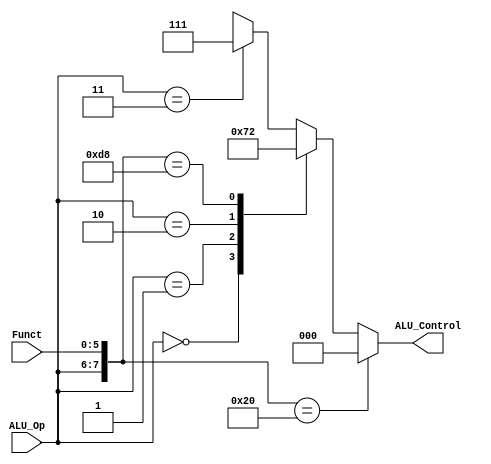
module ALU_Decoder
(
	input 		[1:0]	ALU_Op,
	input 		[5:0]	Funct,
	
	output reg	[2:0]	ALU_Control
);

	localparam	add 	= 8'b00_100000,
					addi	= 8'b00_xxxxxx,
					sub	= 8'b01_xxxxxx,
					lui	= 8'b10_xxxxxx,
					slti	= 8'b11_xxxxxx,
					mult	= 8'b11_011000;
	
	
	always@({ALU_Op,Funct}) begin
		casex({ALU_Op,Funct})
			add	:	ALU_Control = 3'b000;

			addi	:	ALU_Control = 3'b000;
			
			sub	:	ALU_Control = 3'b001;
			
			lui	:	ALU_Control = 3'b110;
			
			mult	:	ALU_Control = 3'b010;
			
			slti 	: 	ALU_Control = 3'b111;

		endcase
	end
endmodule